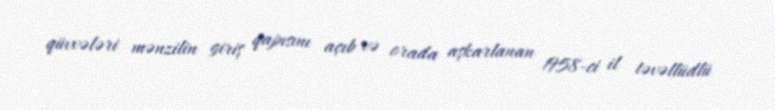
qüvvələri mənzilin giriş qapısını açıb və orada aşkarlanan 1958-ci il təvəllüdlü